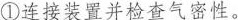
①连接装置并检查气密性。